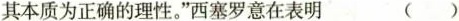
其本质为正确的理性。“西塞罗意在表明 ()